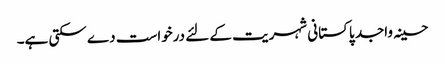
حسینہ واجد پاکستانی شہریت کے لئے درخواست دے سکتی ہے۔